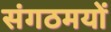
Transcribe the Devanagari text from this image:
संगठमयों